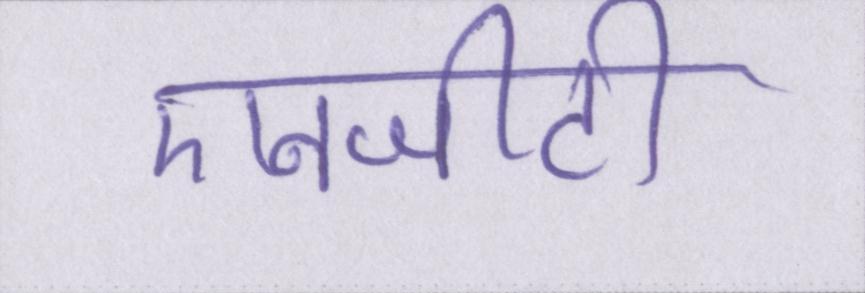
एनजीटी